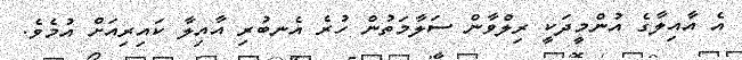
އެ އާއިލާގެ އުންމީދަކީ ރިލްވާން ސަލާމަތުން ހުރެ އެނބުރި އާއިލާ ކައިރިއަށް އުމެވެ.